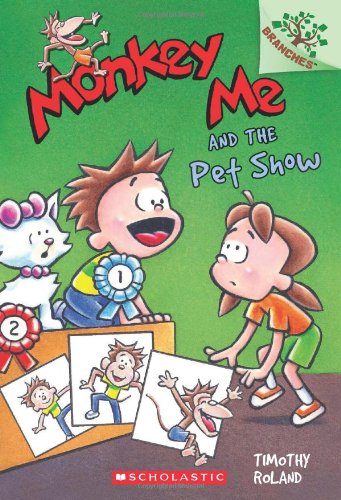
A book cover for Monkey Me #2: Monkey Me and the Pet Show (A Branches Book); Timothy Roland; Children's Books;